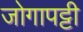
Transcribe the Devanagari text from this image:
जोगापट्टी